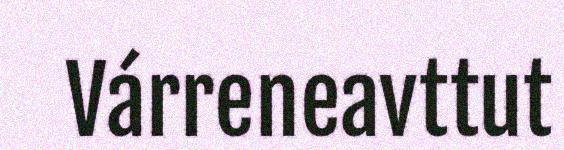
Várreneavttut